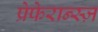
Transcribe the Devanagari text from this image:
प्रेफेरान्स्ज़